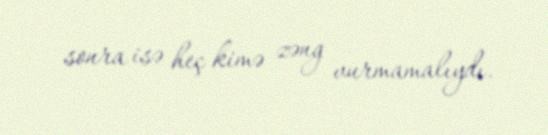
sonra isə heç kimə zəng vurmamalıydı.